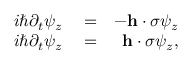
\begin{array} { r l r } { i \hbar \partial _ { t } \psi _ { z } } & { { } = } & { - { \bf h } \cdot { \boldsymbol \sigma } \psi _ { z } } \\ { i \hbar \partial _ { t } \psi _ { z } } & { { } = } & { { \bf h } \cdot { \boldsymbol \sigma } \psi _ { z } , } \end{array}